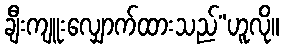
ချီးကျူးလျှောက်ထားသည်”ဟူလို။